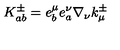
K _ { a b } ^ { \pm } = e _ { b } ^ { \mu } e _ { a } ^ { \nu } \nabla _ { \nu } k _ { \mu } ^ { \pm }